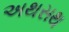
અથસથ